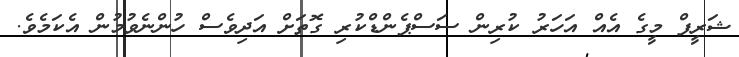
ޝަރީފް މީގެ އެއް އަހަރު ކުރިން ސަސްޕެންޑްކުރި ގޮތަށް އަދިވެސް ހުންނެވުމުން އެކަމެވެ.